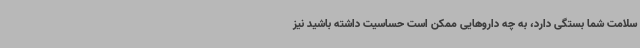
سلامت شما بستگی دارد، به چه داروهایی ممکن است حساسیت داشته باشید نیز